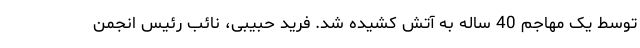
توسط یک مهاجم 40 ساله به آتش کشیده شد. فرید حبیبی، نائب رئیس انجمن